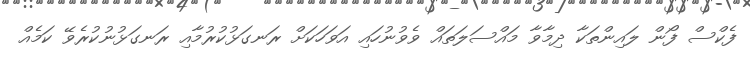
ފެކްސް ފޯން ލައިންތަކާ ދިމާވާ މައްސަލަތައް ވެވުނުހައި އަވަހަކަށް ރަނގަޅުކުރުމާއި ރަނގަޅުނުކުރެވޭ ކަމެއް